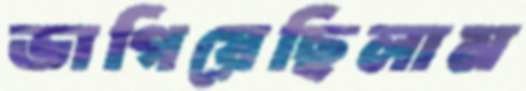
ভাগিয়েছিলাম